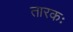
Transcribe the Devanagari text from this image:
तारकः